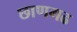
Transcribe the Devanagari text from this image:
छाणगढ